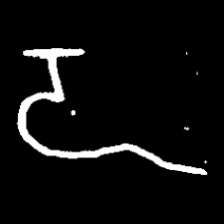
Pyu character \u2014 Myanmar letter: ဍ (romanized: dda)